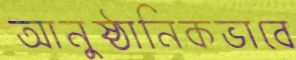
আনুষ্ঠানিকভাবে